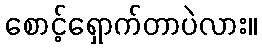
စောင့်ရှောက်တာပဲလား။